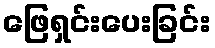
ဖြေရှင်းပေးခြင်း